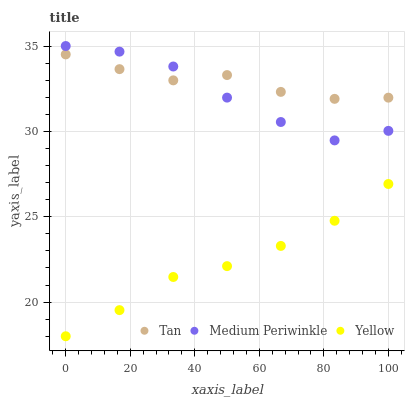
| xaxis_label | Tan | Medium Periwinkle | Yellow |
 | --- | --- | --- | --- |
 | 0 | 34.5 | 35 | 18 |
 | 16.7 | 33.6 | 34.7 | 19.5 |
 | 33.3 | 33 | 33.8 | 21.5 |
 | 50 | 33.3 | 32 | 22.1 |
 | 66.7 | 32.3 | 30.5 | 23.3 |
 | 83.3 | 31.9 | 29.5 | 24.8 |
 | 100 | 32 | 30 | 26.9 |